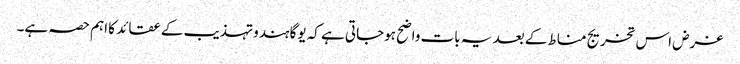
غرض اس تخریج مناط کے بعد یہ بات واضح ہوجاتی ہے کہ یوگا ہندو تہذیب کے عقائد کا اہم حصہ ہے۔